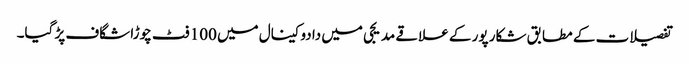
تفصیلات کے مطابق شکار پور کے علاقے مدیجی میں دادوکینال میں 100 فٹ چوڑا شگاف پڑ گیا۔